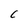
Character: C